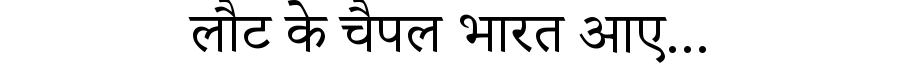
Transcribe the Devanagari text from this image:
लौट के चैपल भारत आए...